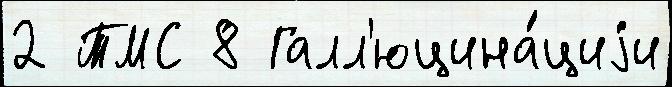
2 ТМС 8 Галл'юцина́циjи